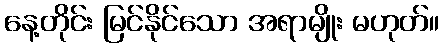
နေ့တိုင်း မြင်နိုင်သော အရာမျိုး မဟုတ်။